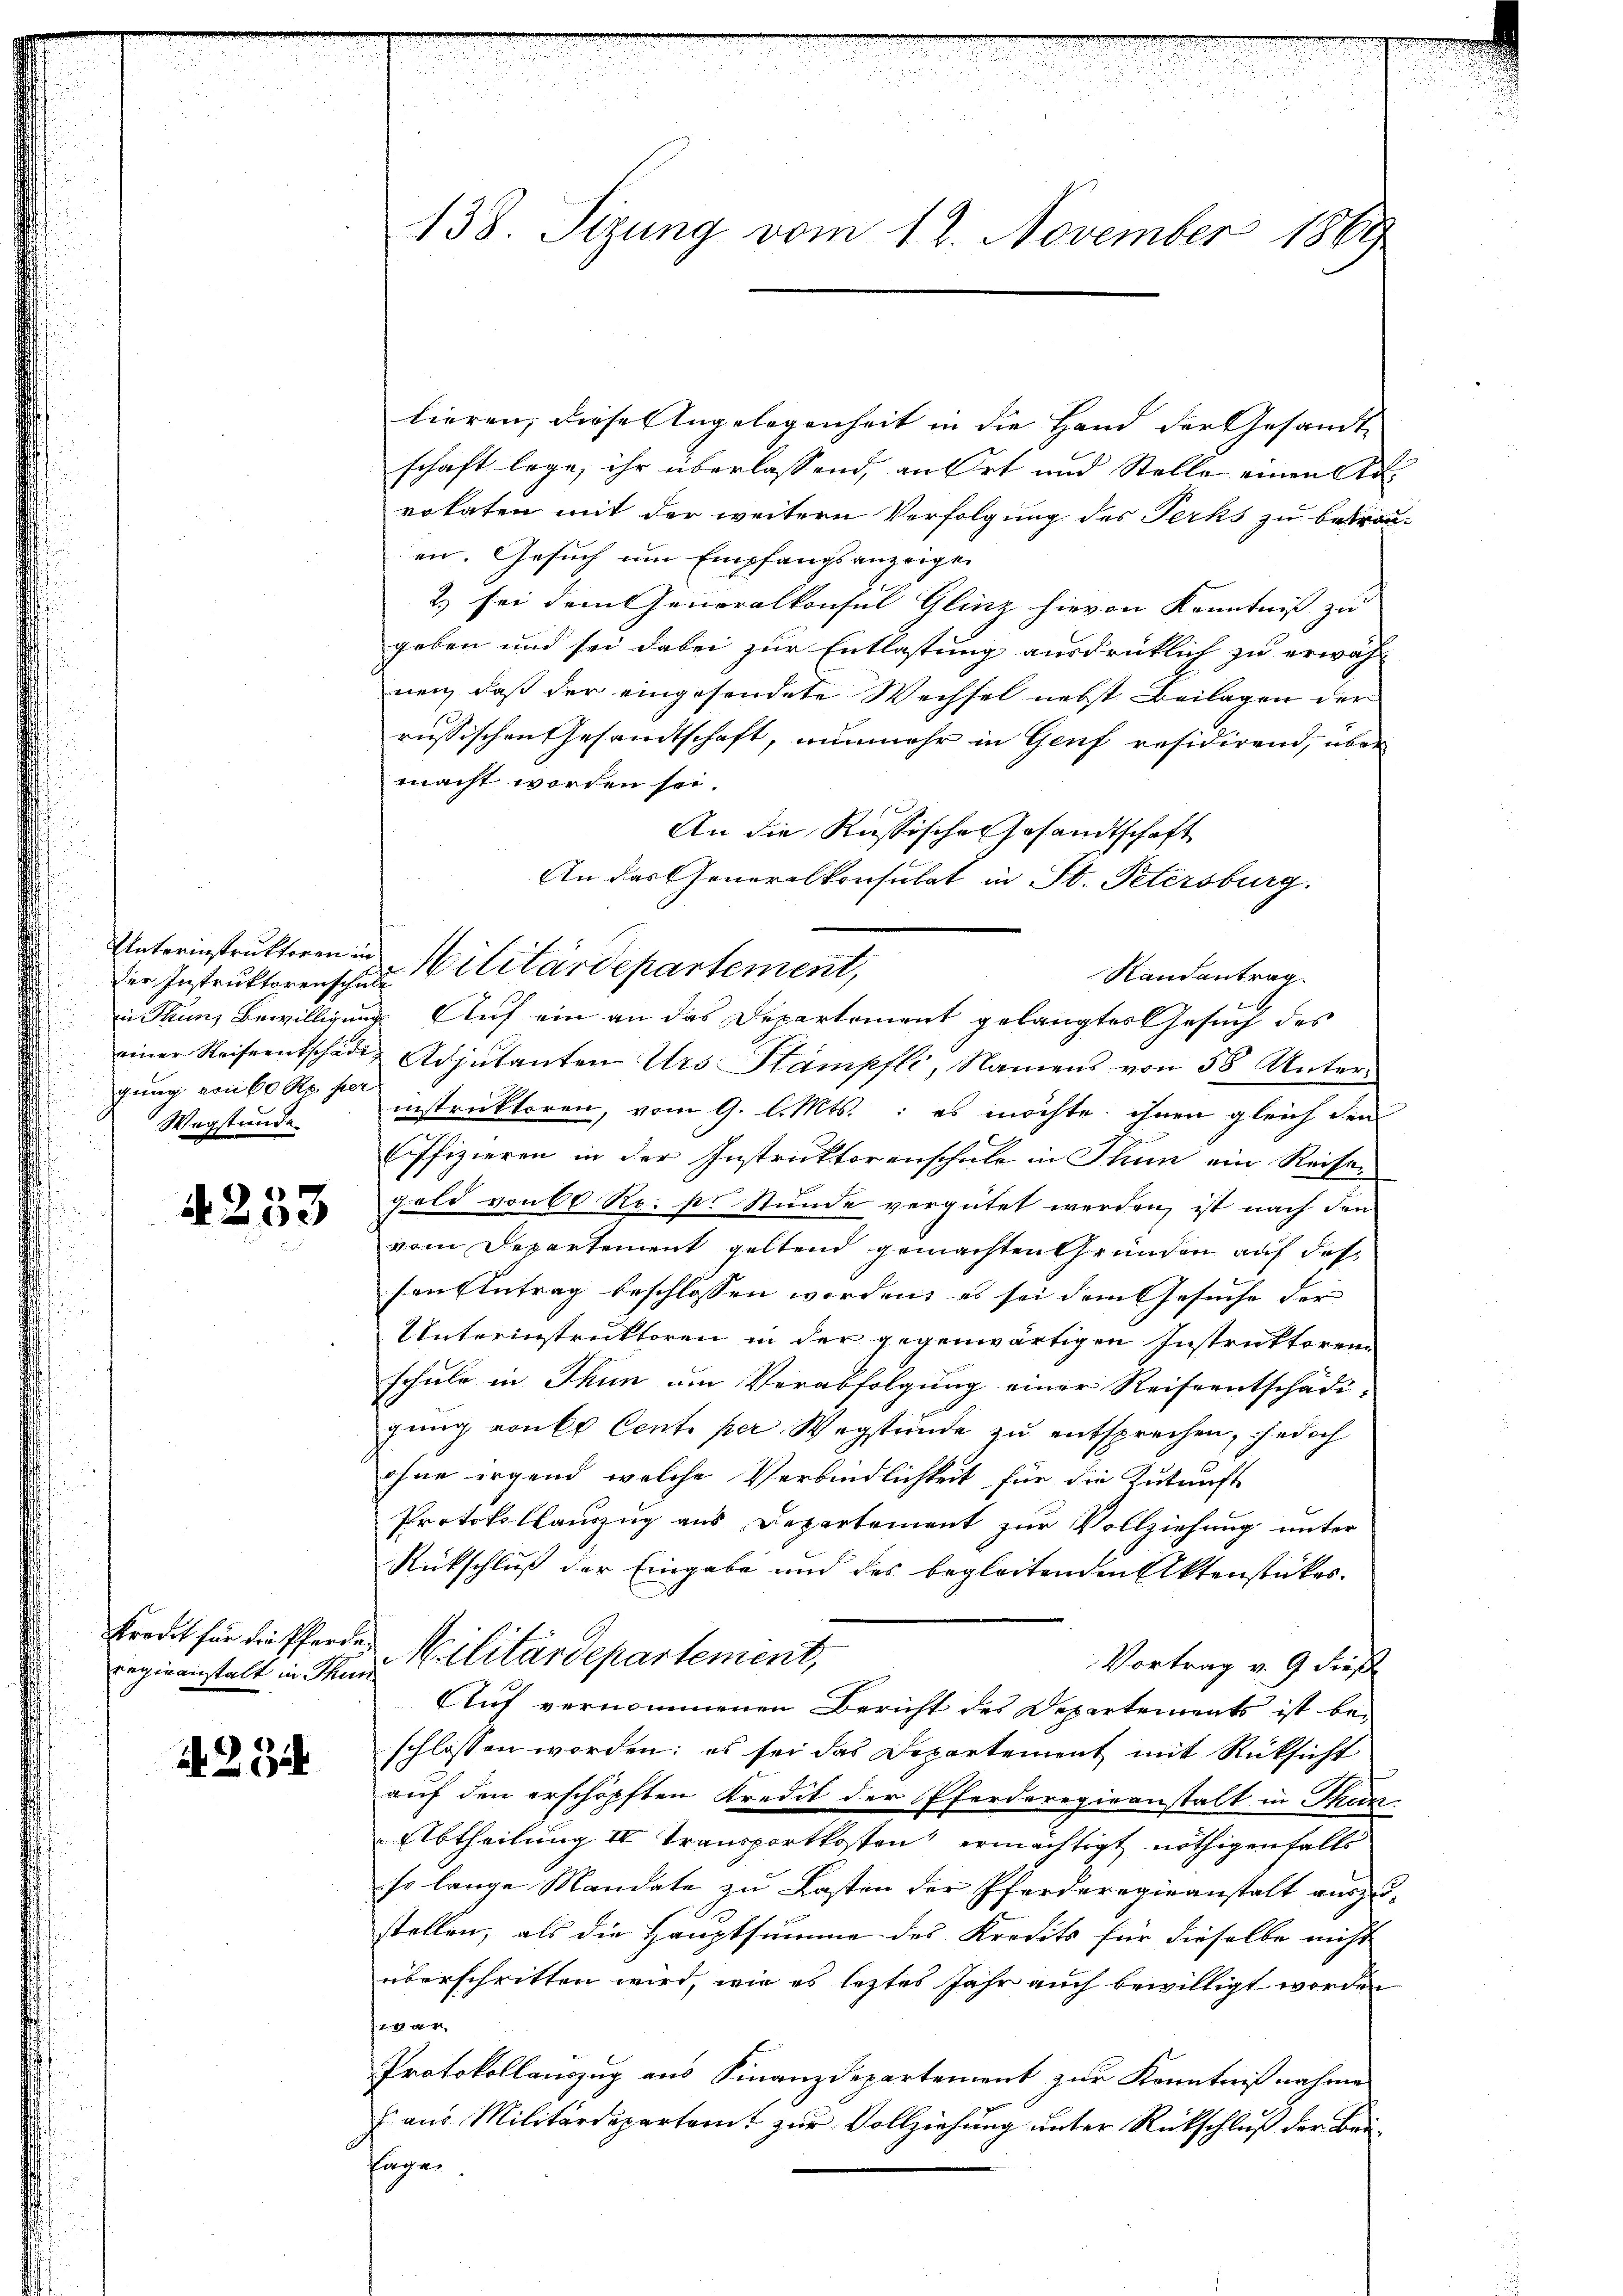
der Instruktorenschen
in Thun bewilligung
gung von 60 Rp. per
Wegstunde

A 253

kredit für die Pferde
regieanstalt in Thur

N 222

438. Sizung vom 12. November 1869

lieren, diese Angelegenheit in die Hand der Gesandte
schaft lege, ihr überlassend, an Ort und Stelle einen Advokaten mit der weitern Verfolgung des Perks zu betrau-
en. Gesuch um Empfangsanzeigen
2) sei dem Generalkonsul Glinz hievon Kenntnis zu
geben und sei dabei zur Entlastung ausdrücklich zu erwäh-
nen, daß der eingesendete Wechsel nebst Beilagen der
russischen Gesandtschaft, nunmehr in Genf residirend, über
macht worden sei.
An die Russischen Gesandtschaft
An das Generalkonsulat in St. Petersburg.
Randantrag
u
. Auf ein an das Departement gelangtes Gesuch des
einer Reiseentschäden Adjutanten Urs Stampfli, Namens von 58 Unterinstruktoren; vom 9. l. Mts.: es möchte ihnen gleich den
Offizieren in der Instruktorenschule in Thun ein Reise-
geld von 60 Rp. pr Stunde vergütet werden, ist nach den
vom Departement geltend gemachten Gründen auf des
sen Antrag beschlossen werden, es sei dem Gesuche der
Unterinstruktoren in der gegenwärtigen Instruktoren
schule in Thun um Verabfolgung einer Reiseentschädi-
gung von 60. Centi per Wegstunde zu entsprechen, jedoch
ohne irgend welche Verbindlichkeit für die Zukunft
Protokollauszug aus Departement zur Vollziehung unter
Rückschluß der Eingabe und des begleitenden Aktenstückes.
Militärdepartement,
Vortrag v. 9 dieß
Auf vernommenen Bericht des Departements ist beschlossen worden; es sei das Departement mit Rücksicht
auf den erschöpften Kredit der Pferderegieranstalt in Thun
Abtheilung IV Transportkosten ermächtigt nöthigenfalls
so lange Mandate zu Lasten der Pferderegieanstalt auszustellen, als die Hauptsumme des Kredits für dieselbe nicht
überschritten wird, wie es leztes Jahr auch bewilligt worden
144
Protokollauszug aus Finanzdepartement zur Kenntnißnahme
E aus Militärdepartamt zur Vollziehung unter Rückschluß der Bau-
fügen.

Unterinstruktoren in Militärdepartement,